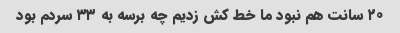
۲۰ سانت هم نبود ما خط کش زدیم چه برسه به ۳۳ سردم بود